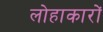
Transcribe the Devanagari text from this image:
लोहाकारों